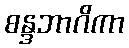
စန္ဒဘာဂိကာ